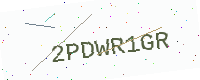
Text: 2PDWR1GR